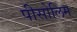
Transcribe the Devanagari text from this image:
पीसोलिम